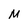
Character: M